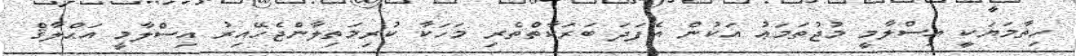
ހިތާމަޔަކީ އިސްލާމީ މުޖުތަމަޢު އަކުން އެފަދަ ބަރަކާތްތެރި މަހަކާ ކުރިމަތިލާންޖެހޭއިރު އިސްލާމީ އަޙްލާޤް